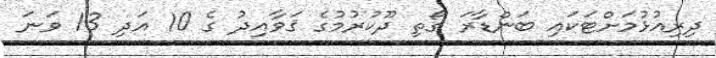
ދިރިއުޅުމަށްޓަކައި ބަންޑާރަ ގޯތި ދޫކުރުމުގެ ޤަވާއިދު ގެ 10 އަދި 13 ވަނަ